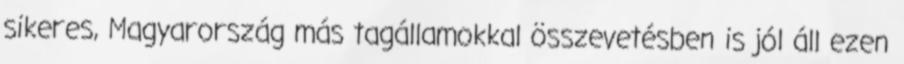
sikeres, Magyarország más tagállamokkal összevetésben is jól áll ezen